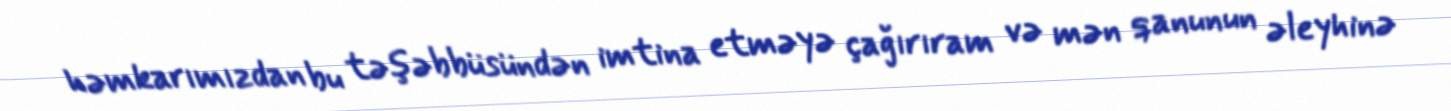
həmkarımızdan bu təşəbbüsündən imtina etməyə çağırıram və mən qanunun əleyhinə